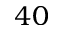
4 0